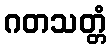
ဂတသတ္တံ